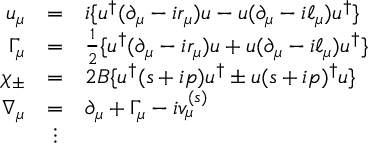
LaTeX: \begin{array} { r c l } { { u _ { \mu } } } & { { = } } & { { i \{ u ^ { \dagger } ( \partial _ { \mu } - i r _ { \mu } ) u - u ( \partial _ { \mu } - i \ell _ { \mu } ) u ^ { \dagger } \} } } \\ { { \Gamma _ { \mu } } } & { { = } } & { { \frac 1 2 \{ u ^ { \dagger } ( \partial _ { \mu } - i r _ { \mu } ) u + u ( \partial _ { \mu } - i \ell _ { \mu } ) u ^ { \dagger } \} } } \\ { { \chi _ { \pm } } } & { { = } } & { { 2 B \{ u ^ { \dagger } ( s + i p ) u ^ { \dagger } \pm u ( s + i p ) ^ { \dagger } u \} } } \\ { { \nabla _ { \mu } } } & { { = } } & { { \partial _ { \mu } + \Gamma _ { \mu } - i v _ { \mu } ^ { ( s ) } } } \\ { { } } & { { \vdots } } & { { } } \end{array}